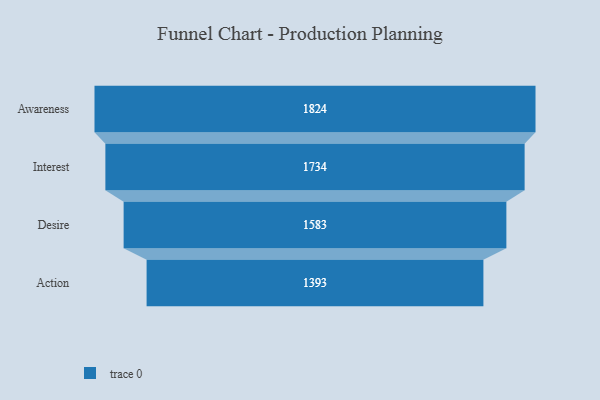
{"axis": {"x": "Stage", "y": "Value"}, "legend": [""], "data": [{"x": "Awareness", "y": 1824.0, "type": ""}, {"x": "Interest", "y": 1734.0, "type": ""}, {"x": "Desire", "y": 1583.0, "type": ""}, {"x": "Action", "y": 1393.0, "type": ""}]}